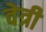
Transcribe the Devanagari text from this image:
वेत्री